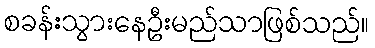
စခန်းသွားနေဦးမည်သာဖြစ်သည်။